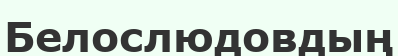
Белослюдовдың